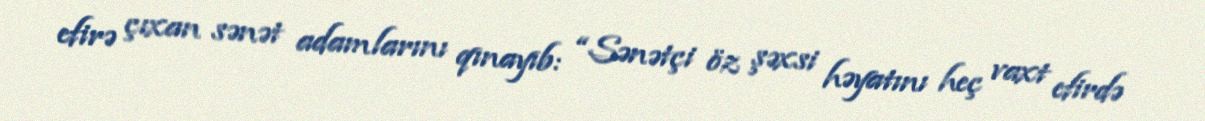
efirə çıxan sənət adamlarını qınayıb: “Sənətçi öz şəxsi həyatını heç vaxt efirdə